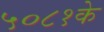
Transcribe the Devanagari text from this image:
५०८१के